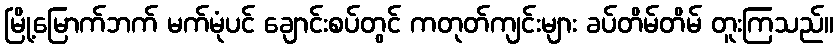
မြို့မြောက်ဘက် မက်မုံပင် ချောင်းစပ်တွင် ကတုတ်ကျင်းများ ခပ်တိမ်တိမ် တူးကြသည်။